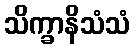
သိက္ခာနိသံသံ